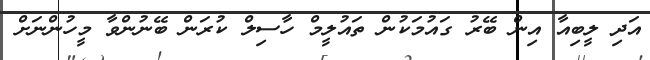
އަދި ލީބިއާ އިން ބޭރު ގައުމަކުން ތައުލީމް ހާސިލް ކުރަން ބޭނުންވާ މީހުންނަށް